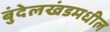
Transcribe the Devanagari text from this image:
बुंदेलखंडमधील